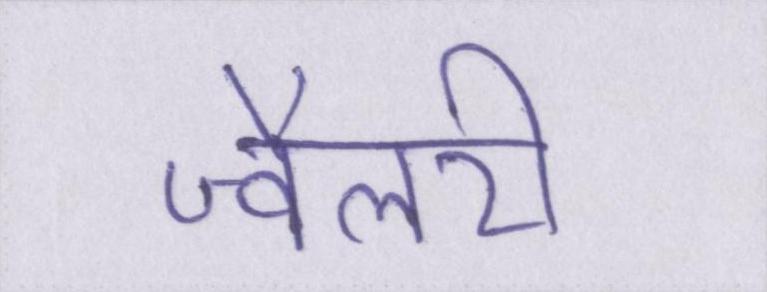
ज्वैलरी